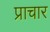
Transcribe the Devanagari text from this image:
प्राचार